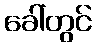
ခေါ်တွင်